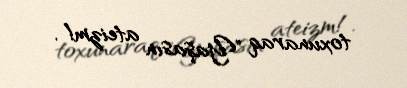
toxunaraq "Yaşasın ateizm!.